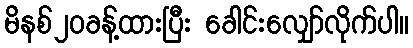
မိနစ်၂၀ခန့်ထားပြီး ခေါင်းလျှော်လိုက်ပါ။